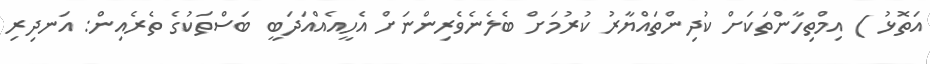
އަތޮޅު ) އިމްތިހާންތަކަށް ކުދިންތައްޔާރު ކުރުމަށް ބެލެނެވެރިންނަށް އެހީއެއްއަދަބީ ބަސްތަކުގެ ތެރެއިން: އަނދިރި